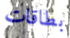
بطاقات